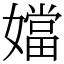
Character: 㜭